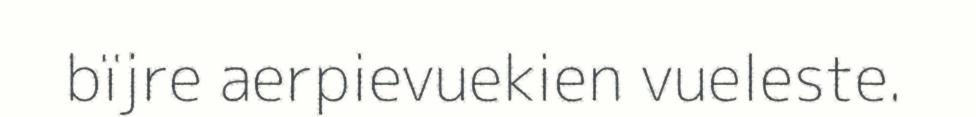
bïjre aerpievuekien vueleste.